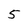
Character: 5